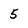
Character: 5